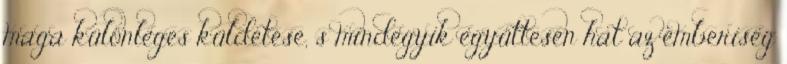
maga különleges küldetése, s mindegyik együttesen hat az emberiség